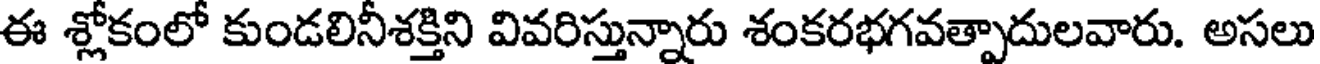
ఈ శ్లోకంలో కుండలినీశక్తిని వివరిస్తున్నారు శంకరభగవత్పాదులవారు. అసలు